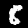
Label: 8